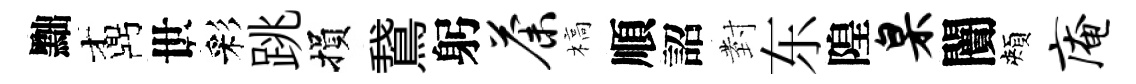
黜鼒世彩跳損鵞躬荼槁順詔𭔹东隍臬闠頰庵